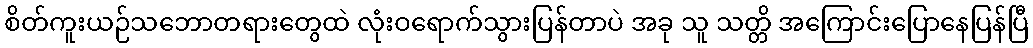
စိတ်ကူးယဉ်သဘောတရားတွေထဲ လုံးဝရောက်သွားပြန်တာပဲ အခု သူ သတ္တိ အကြောင်းပြောနေပြန်ပြီ